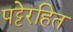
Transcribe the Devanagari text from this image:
पट्टेरहित